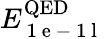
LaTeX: E_{\mathrm{~1~e~-~1~l~}}^{\mathrm{QED}}